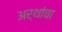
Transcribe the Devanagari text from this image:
अर्थांचा